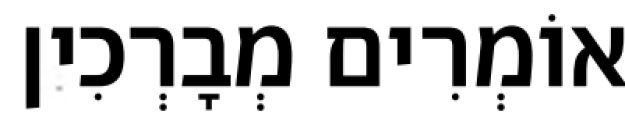
אוֹמְרִים מְבָרְכִין